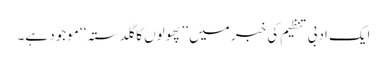
ایک ادبی تنظیم کی خبر میں ’’پھولوں کا گلدستہ‘‘ موجود ہے۔